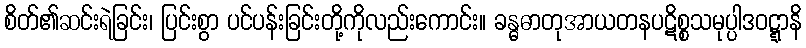
စိတ်၏ဆင်းရဲခြင်း၊ ပြင်းစွာ ပင်ပန်းခြင်းတို့ကိုလည်းကောင်း။ ခန္ဓဓာတုအာယတနပဋိစ္စသမုပ္ပါဒဝဋ္ဋာနိ